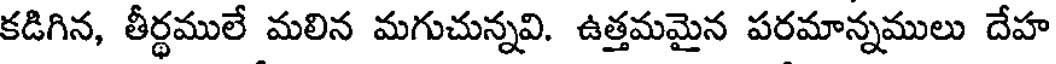
కడిగిన, తీర్థములే మలిన మగుచున్నవి. ఉత్తమమైన పరమాన్నములు దేహ